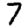
Digit: 7